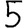
Digit: 5